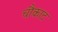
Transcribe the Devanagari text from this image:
चौकाट